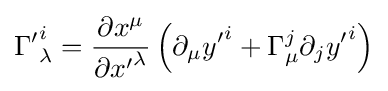
{\Gamma '}_{\lambda }^{i}={\frac {\partial x^{\mu }}{\partial {x'}^{\lambda }}}\left(\partial _{\mu }{y'}^{i}+\Gamma _{\mu }^{j}\partial _{j}{y'}^{i}\right)